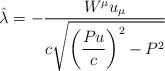
LaTeX: \begin{align*}\hat{\lambda}=-\frac{W^{\mu}u_{\mu}}{\displaystyle c\sqrt{\left(\frac{Pu}{c}\right)^2 -P^2}} \end{align*}